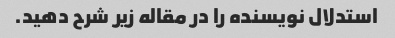
استدلال نویسنده را در مقاله زیر شرح دهید.